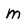
Character: m